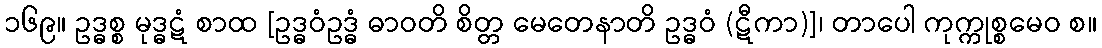
၁၆၉။ ဥဒ္ဓစ္စ မုဒ္ဓဋံ စာထ [ဥဒ္ဓဝံဥဒ္ဓံ ဓာဝတိ စိတ္တ မေတေနာတိ ဥဒ္ဓဝံ (ဋီကာ)]၊ တာပေါ ကုက္ကုစ္စမေဝ စ။